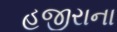
હજીરાના